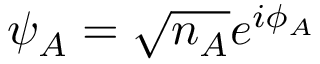
\psi _ { A } = { \sqrt { n _ { A } } } e ^ { i \phi _ { A } }